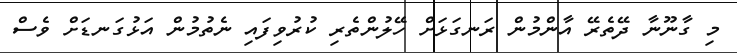
މި ގާނޫނާ ދޭތެރޭ އާންމުން ރަނގަޅަށް ހޭލުންތެރި ކުރުވިފައި ނެތުމުން އަޅުގަނޑަށް ވެސް